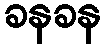
ခနခန